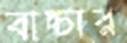
বাচ্চার